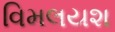
વિમલયશ